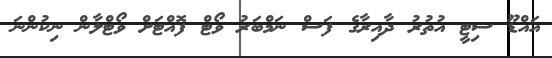
އައްޑޫ ސިޓީ އުތުރު ދާއިރާގެ ފަސް ނަމްބަރު ވޯޓް ފޮއްޓަށް ވޯޓްލާން ނިކުންނަ